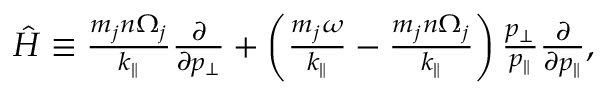
\begin{array} { r } { \hat { H } \equiv \frac { m _ { j } n \Omega _ { j } } { k _ { \parallel } } \frac { \partial } { \partial p _ { \perp } } + \left( \frac { m _ { j } \omega } { k _ { \parallel } } - \frac { m _ { j } n \Omega _ { j } } { k _ { \parallel } } \right) \frac { p _ { \perp } } { p _ { \parallel } } \frac { \partial } { \partial p _ { \parallel } } , } \end{array}